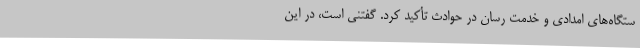
ستگاه‌های امدادی و خدمت رسان در حوادث تأکید کرد. گفتنی است، در این